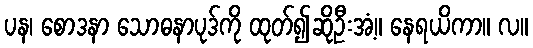
ပန၊ စောဒနာ သောဓနာပုဒ်ကို ထုတ်၍ဆိုဦးအံ့။ နေရယိကာ။ လ။